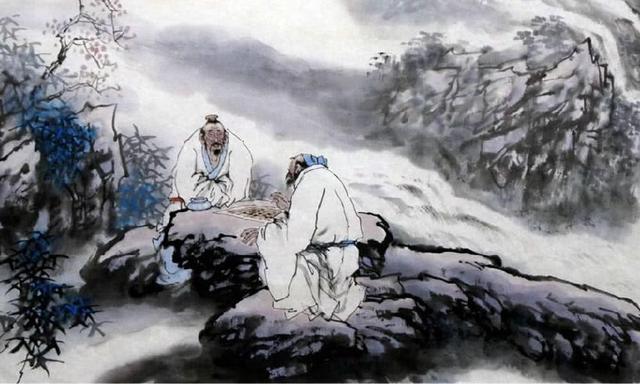
人有气有生有知亦且有义，故最为天下贵也。